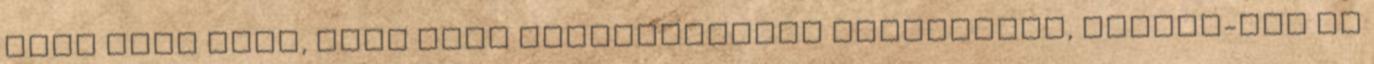
feje fölé adta, volt amit elkaphatatlan magasságba, Kaycee-nek is